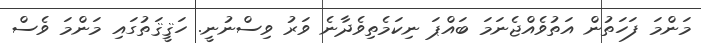
މަންމަ ފަހަތުން އަތުވެއްޖެނަމަ ބައްޕަ ނިކަމެތިވެދާނެ ވަރު ވިސްނުނީ. ހަޤީޤަތުގައި މަންމަ ވެސް